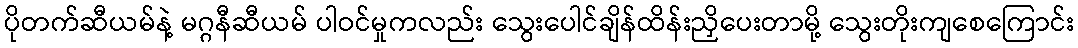
ပိုတက်ဆီယမ်နဲ့ မဂ္ဂနီဆီယမ် ပါဝင်မှုကလည်း သွေးပေါင်ချိန်ထိန်းညှိပေးတာမို့ သွေးတိုးကျစေကြောင်း